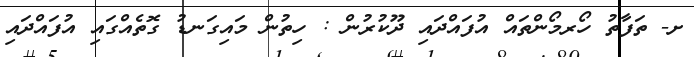
ށ- ތަފާތު ހޯރމޯންތައް އުފައްދައި ދޫކުރުން : ހިތުން މައިގަނޑު ގޮތެއްގައި އުފައްދައި